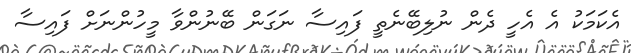
އެކަމަކު އެ އެހީ ދެން ނުލިބޭނެތީ ފައިސާ ނަގަން ބޭނުންވާ މީހުންނަށް ފައިސާ